Senior Leaving Certificate Examination (including Day School Certificate (Higher) General paper), 1948
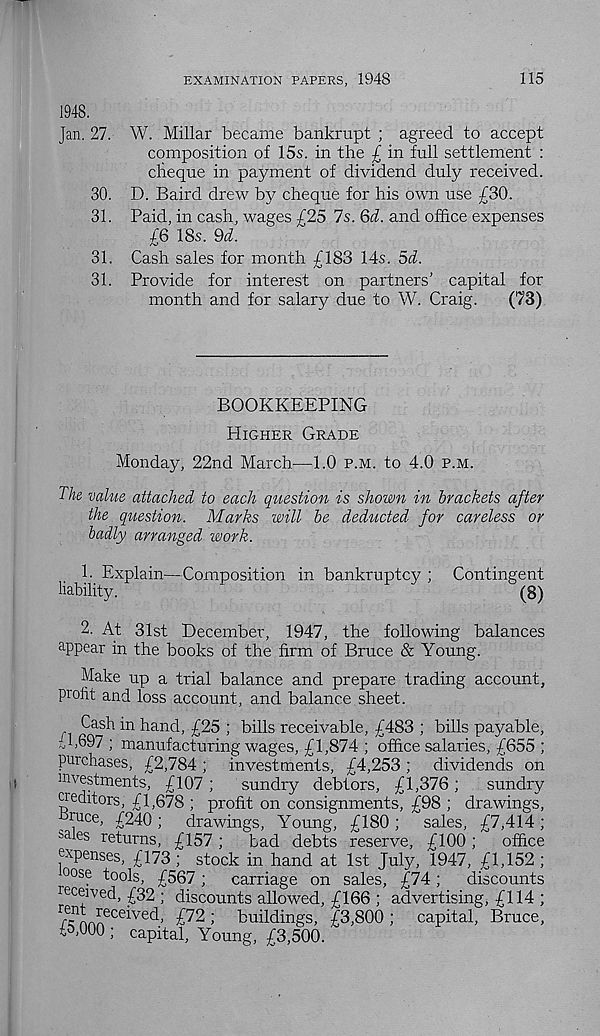
EXAMINATION PAPERS, 1948
115
1948.
Jan. 27. W. Millar became bankrupt ; agreed to accept
composition of 15s. in the £ in full settlement :
cheque in payment of dividend duly received.
30. D. Baird drew by cheque for his own use £30.
31. Paid, in cash, wages £25 7s. 6d. and office expenses
£6 18s. 9d.
31. Cash sales for month £183 14s. 5d.
31. Provide for interest on partners’ capital for
month and for salary due to W. Craig.
(73)
BOOKKEEPING
Higher Grade
Monday, 22nd March—1.0 p.m. to 4.0 p.m.
The value attached to each question is shown in brackets after
the question. Marks will be deducted for careless or
badly arranged work.
1. Explain—Composition in bankruptcy ; Contingent
liability.
(8)
2. At 31st December, 1947, the following balances
appear in the books of the firm of Bruce & Young.
Make up a trial balance and prepare trading account,
profit and loss account, and balance sheet.
Cash in hand, £25 ; bills receivable, £483 ; bills payable,
th697 ; manufacturing wages, £1,874 ; office salaries, £655 ;
purchases, £2,784 ; investments, £4,253 ; dividends on
investments, £107;
sundry debtors, £1,376;
sundry
creditors, £1,678 ; profit on consignments, £98 ; drawings,
, :l j uce ’ £240;
drawings, Young, £180;
sales, £7,414;
sales returns, £157 ;
bad debts reserve, £100 ;
office
expenses, £173 ; stock in hand at 1st July, 1947, £1,152 ;
°ose tools, £567 ;
carriage on sales, £74 ;
discounts
received, £32 ; discounts allowed, £166 ; advertising, £114 ;
1 ;- t - n
(
t .J i
ece i vec b £72 ; buildings, £3,800 ; capital, Bruce,
to.UUO ; capital, Young, £3,500.